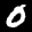
Label: 0